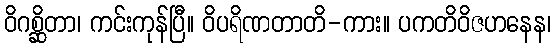
ဝိဂစ္ဆိတာ၊ ကင်းကုန်ပြီ။ ဝိပရိဏတာတိ-ကား။ ပကတိဝိဇဟနေန၊